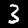
Label: 3